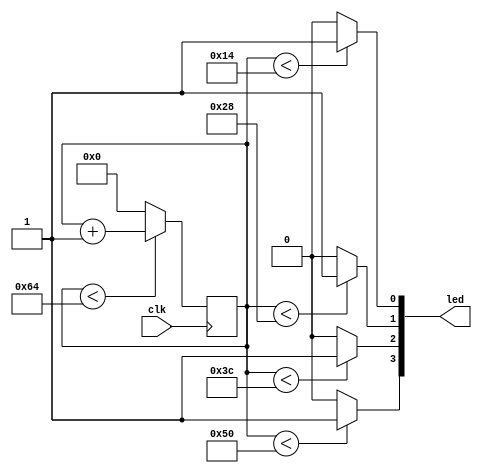

module led (
    input clk,
    output [3:0] led
);

reg [7:0] counter=0;

always @(posedge clk) begin
    if (counter<100) begin
        counter<=counter+1;
    end else counter<=0;
end

assign led[0]=(counter<20)?1:0;
assign led[1]=(counter<40)?1:0;
assign led[2]=(counter<60)?1:0;
assign led[3]=(counter<80)?1:0;


    
endmodule